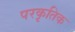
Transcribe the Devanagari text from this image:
परकृतिक